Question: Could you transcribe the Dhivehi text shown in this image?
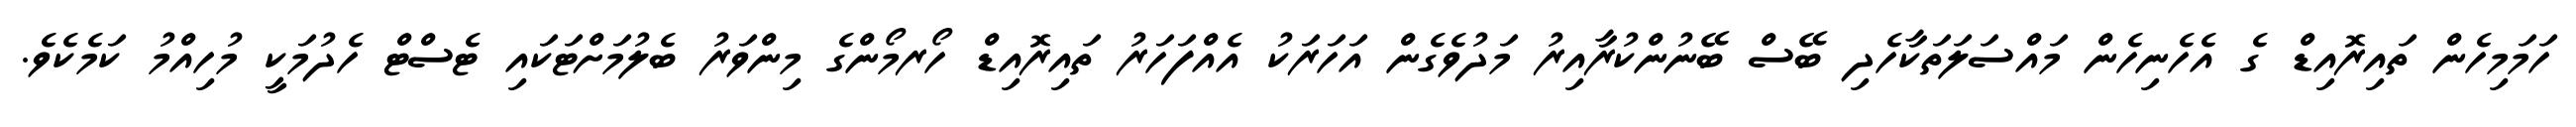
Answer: ހަމަމިހެން ތައިރޮއިޑް ގެ އެހެނިހެން މައްސަލަތަކާހެދި ބޭސް ބޭނުންކުރާއިރު މަދުވެގެން އަހަރަކު އެއްފަހަރު ތައިރޮއިޑް ހޯރމޯންގެ މިންވަރު ބެލުމަށްޓަކައި ޓެސްޓް ހެދުމަކީ މުހިއްމު ކަމެކެވެ.